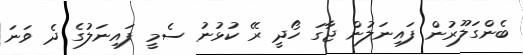
ބެންގަލޫރުން ފައިނަލުން ޖާގަ ހޯދީ ރޭ ކުޅުނު ސެމީ ފައިނަލުގެ ދެ ވަނަ